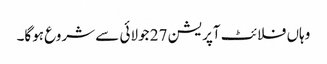
وہاں فلائٹ آپریشن 27 جولائی سے شروع ہوگا۔